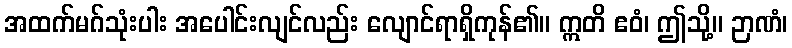
အထက်မဂ်သုံးပါး အပေါင်းလျင်လည်း လျောင်ရာရှိကုန်၏။ ဣတိ ဧဝံ၊ ဤသို့။ ဉာဏံ၊